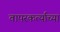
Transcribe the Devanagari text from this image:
वापरकर्त्याच्या